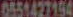
0551427154